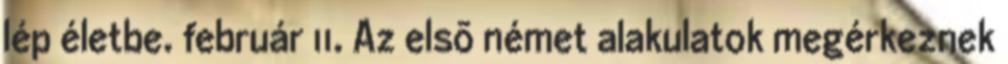
lép életbe. február 11. Az elsõ német alakulatok megérkeznek